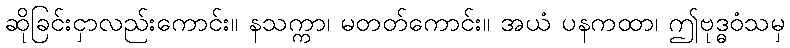
ဆိုခြင်းငှာလည်းကောင်း။ နသက္ကာ၊ မတတ်ကောင်း။ အယံ ပနကထာ၊ ဤဗုဒ္ဓဝံသမှ